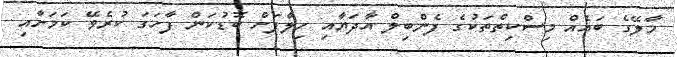
މާލޭގެ ބައެއް މިސްކިތްތަކުގެ ފެންބިލް އާދަޔާއި ހިލާފަށް ބޮޑުކަން ފާހަގަ ކުރެވޭ ކަމަށާއި